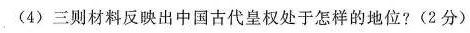
(4)三则材料反映出中国古代皇权处于怎样的地位?(2分)